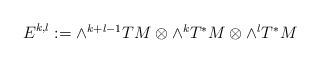
LaTeX: \begin{align*}E^{k,l}:=\mbox{$\wedge^{k+l-1} TM$}\otimes \mbox{$\wedge^k T^\ast M$}\otimes \mbox{$\wedge^lT^\ast M$}\end{align*}